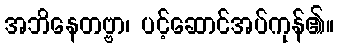
အဘိနေတဗ္ဗာ၊ ပင့်ဆောင်အပ်ကုန်၏။